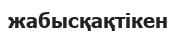
жабысқақтікен